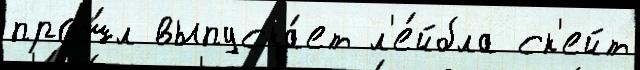
прош́л выпуска́ет л'е́йбла ск'ейт